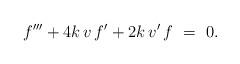
LaTeX: \begin{align*} f^{\prime \prime \prime} +4k\,v\,f^{\prime} + 2k\,v^{\prime}\,f ~=~ 0. \end{align*}